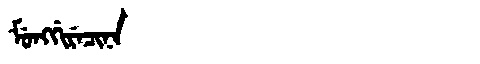
Manchu: ᠮᡠᠩᡤᡳᡵᡝᠴᡳᠨᠠ
Romanization: MUNGGIRECINA